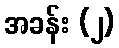
အခန်း (၂)